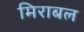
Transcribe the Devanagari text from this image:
मिराबल